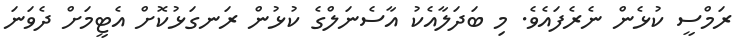
ރަމްސީ ކުޅެން ނެރެފައެވެ. މި ބަދަލާއެކު އާސެނަލްގެ ކުޅުން ރަނގަޅުކޮށް އެޓީމަށް ދެވަނަ